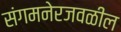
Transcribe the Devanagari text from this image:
संगमनेरजवळील